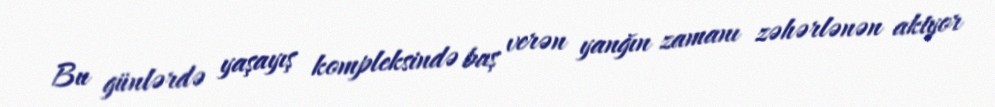
Bu günlərdə yaşayış kompleksində baş verən yanğın zamanı zəhərlənən aktyor